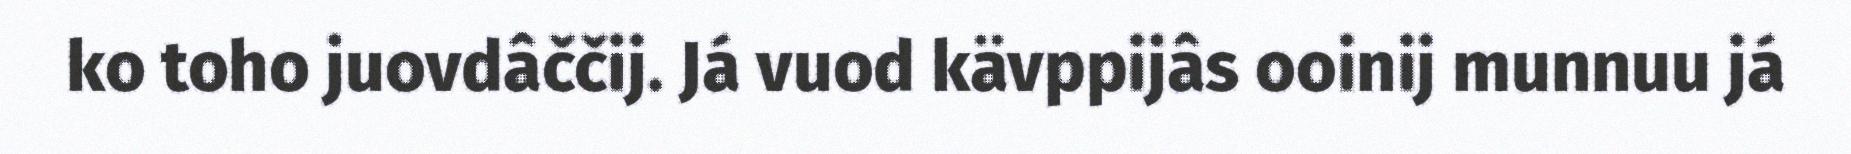
ko toho juovdâččij. Já vuod kävppijâs ooinij munnuu já